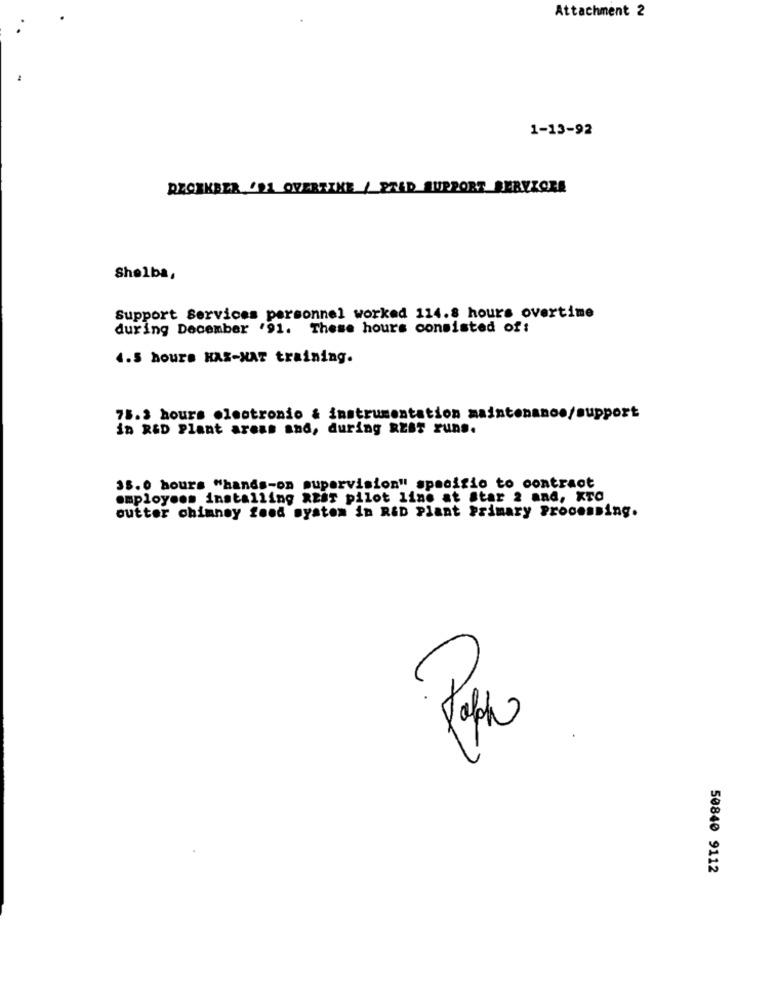
Attachment 2
1-13-92
RECEKBER '91 OVERTIKE / PRED SUPPORT SERVICES
Shelba,
Support Services personnel worked 114.8 hours overtime
during December '91. These hours consisted of:
4.5 hours HAS-NAT training.
75.3 hours lectronio & instrumentation maintenance/support
in RED Plant areas and, during REST runs.
35.0 hours "hands-on supervision" specifio to contract
employees installing atar pilot line at Star 2 and, KTO
outter chimney food system in R&D Plant Primary Processing.
50840 9112